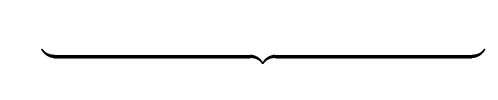
\quad \underbrace {\qquad \qquad \qquad \qquad \qquad \qquad \qquad \qquad } _{}